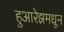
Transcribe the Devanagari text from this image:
हुआरेझमधून